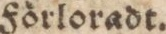
Förloradt.